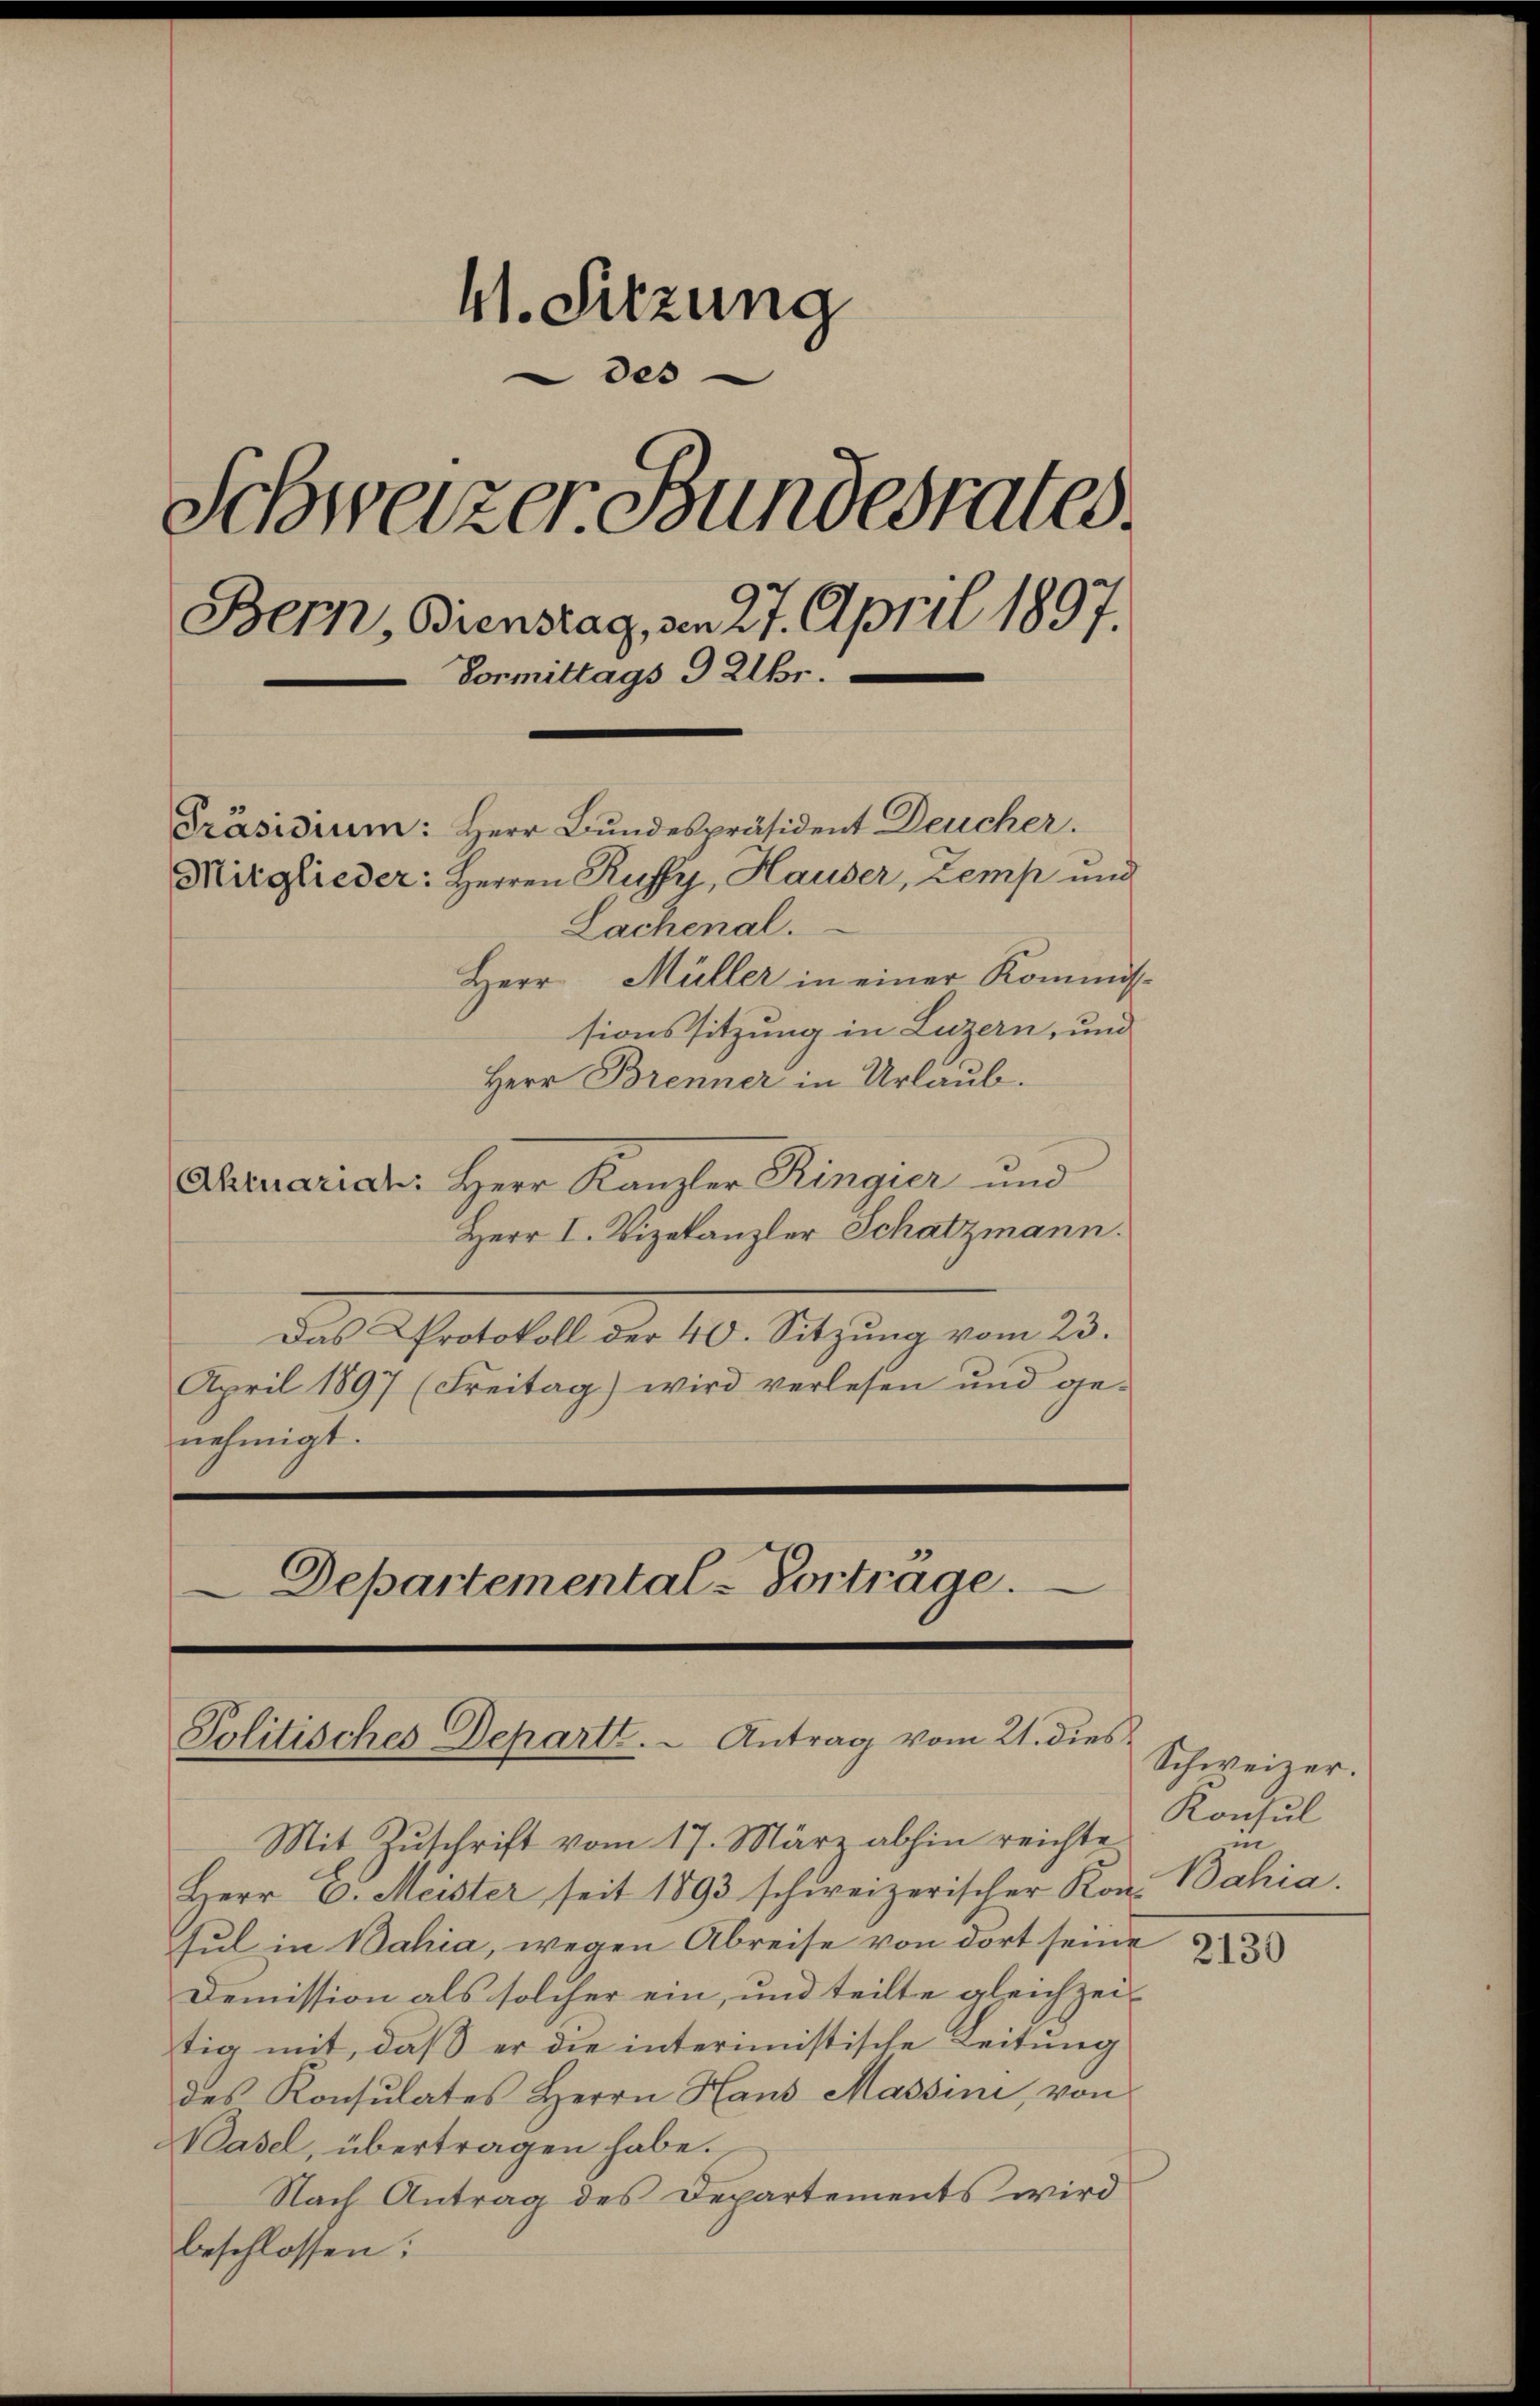
W. Sitzung
des
Schweizer Bundesrates
Bern, Bienstag, von 27. April 1897.
Vormittags 9 Uhr.
Präsidium: Herr Bundespräsident Deucher.
Mitglieder: Herren Ruffy, Hauser, Zemp und
Lachenal.
Herr Müller in einer Kommis¬

sionssitzung in Luzern, und
Herr Brenner in Urlaub.
Aruaridu: Herr Kanzler Ringier und
Herr I. Vizekanzler Schatzmann.
Das Protokoll der 40. Sitzung vom 23.
April 1897 (Freitag) wird verlesen und ge-
nehmigt.
Departemental-Vortrage.

Mit Zŭschrift vom 17. März abhin reichte
Herr 6. Meister seit 1893 schweizerischer Kon-
sul in Bahia, wegen Abreise von dort seine
Demission als solcher ein, und teilte gleichzeitig mit, daß er die interimistische Leitung
des Konsulates Herrn Haus Massini, von
Basel, übertragen habe.
Nach Antrag des Departements wird
beschlossen:

Politisches Departe. - Antrag vom 21. dies

Schweizer.
Konsul
in
Bahia.

2130